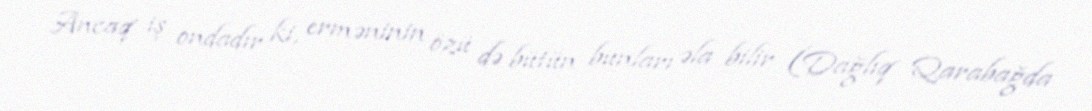
Ancaq iş ondadır ki, erməninin özü də bütün bunları əla bilir (Dağlıq Qarabağda